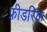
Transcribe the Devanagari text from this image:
फ़्रीडरिक